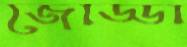
জোড্ডা